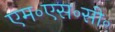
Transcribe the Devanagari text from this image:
एम॰एस॰सी॰